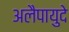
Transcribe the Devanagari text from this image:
अलैपायुदे